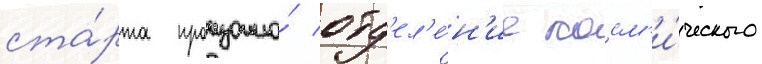
ста́рта произошло́ отд'ел'е́н'ие косм'и́ческого